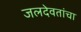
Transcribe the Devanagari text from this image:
जलदेवतांचा